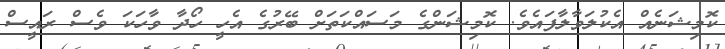
ކޮމިޝަނެއް އެކުލަވާލާފައެވެ. ކޮމިޝަންގެ މަސައްކަތަށް ބޭރުގެ އެހީ ހޯދާ ވާހަކަ ވެސް ރައީސް